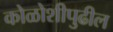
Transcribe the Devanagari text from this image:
कोळोशीपुढील